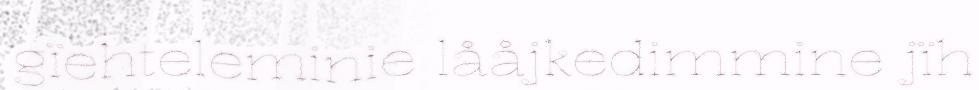
gïehteleminie lååjkedimmine jïh